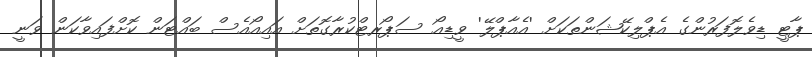
ޕާޓީ ޑިވެލޮފަރުންގެ އެޕްލިކޭޝަންތަކަށް 'އެއާޕްލޭ' ވީޑިއޯ ސަޕޯރޓްކުރާގޮތަށް އައިއޯއެސް ބައްޓަން ކޮށްފައިވާކަން ވަނީ